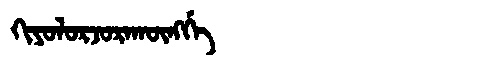
Manchu: ᡴᡳᠶᠣᠯᠣᡵᠵᠣᡵᠠᡴᡡᠩᡤᡝ
Romanization: KIYOLORJORAKŪNGGE